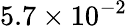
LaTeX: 5.7\times 10^{-2}